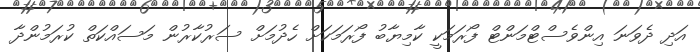
އަދި ދެވަނަ އިންވެސްޓްމަންޓް ފޯރަމަކީ ކާމިޔާބު ފޯރަމަކަށް ހެދުމަށް ސަރުކާރުން މަސައްކަތް ކުރަމުންދާ